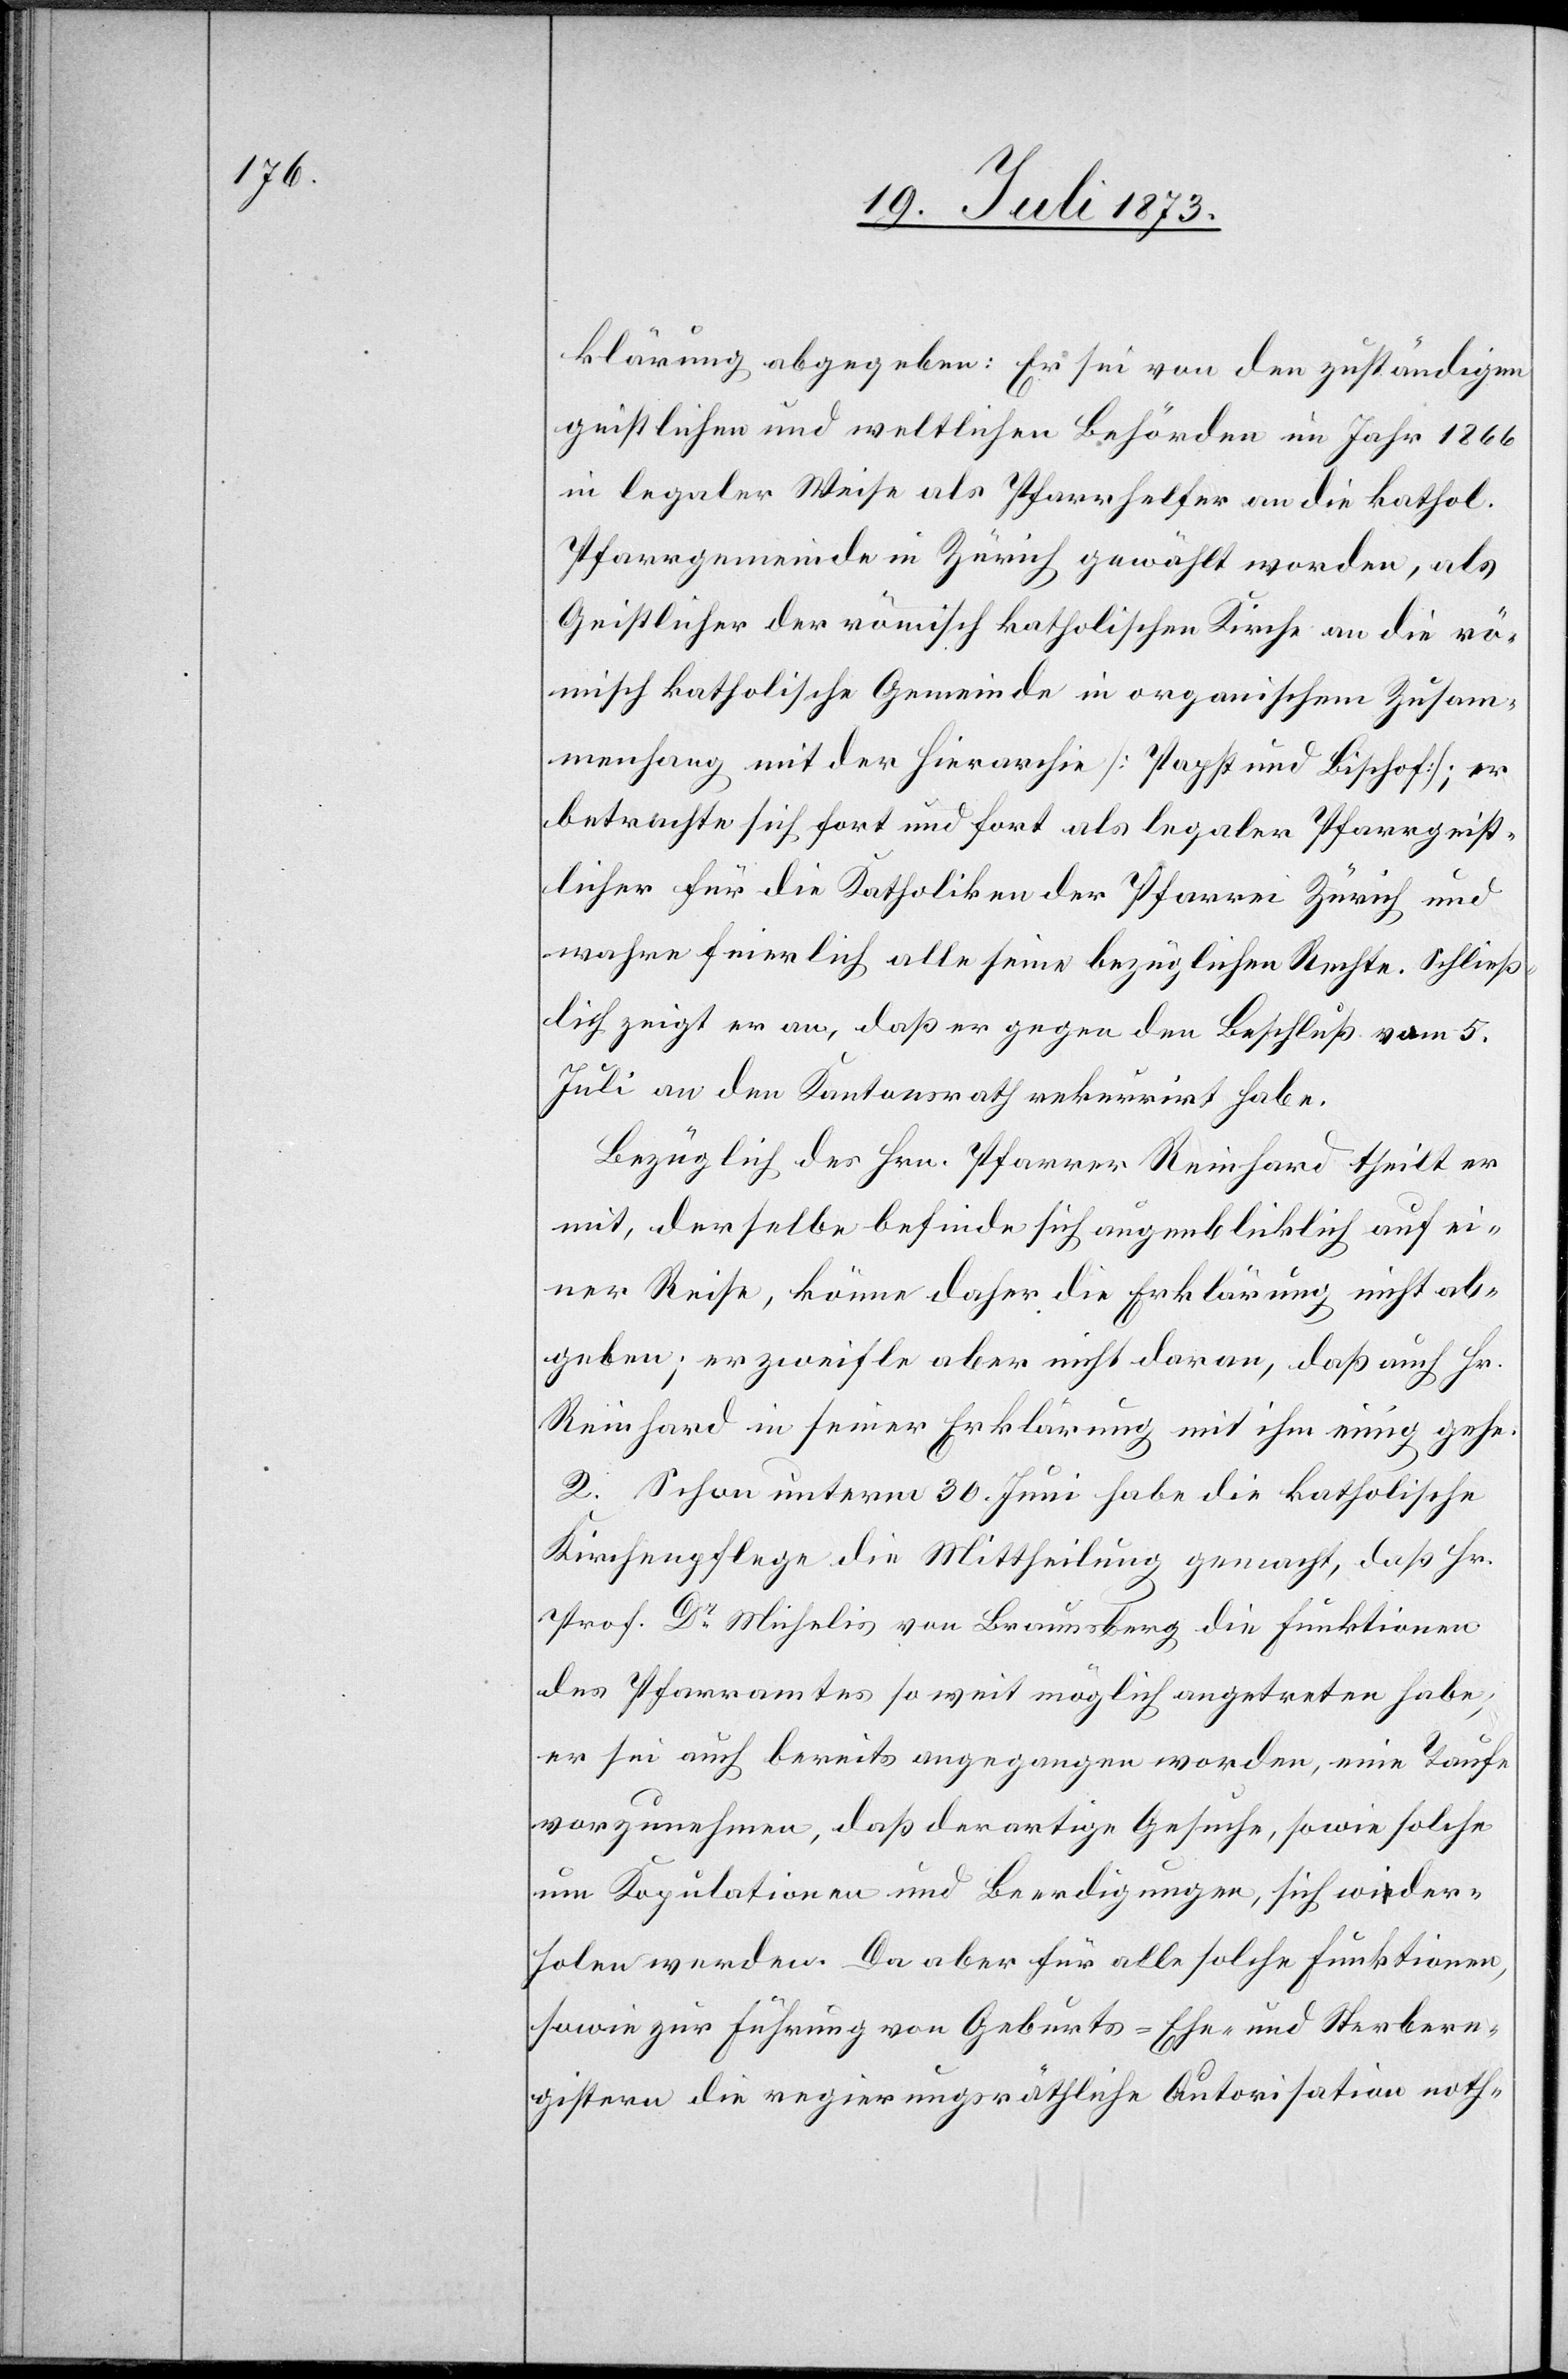
klärung abgegeben: Er sei von den zuständigen
geistlichen und weltlichen Behörden im Jahr 1866
in legaler Weise als Pfarrhelfer an die kathol.
Pfarrgemeinde in Zürich gewählt worden, als
Geistlicher der römisch katholischen Kirche an die rö¬
misch katholische Gemeinde in organischem Zusam¬
menhang mit der Hierarchie [Papst und Bischof]; er
betrachte sich fort und fort als legaler Pfarrgeist¬
licher für die Katholiken der Pfarrei Zürich und
wahre feierlich alle seine bezüglichen Rechte. Schließ¬
lich zeigt er an, daß er gegen den Beschluß vom 5.
Juli an den Kantonsrath rekurrirt habe.
Bezüglich des Hrn. Pfarrer Reinhard theilt er
mit, derselbe befinde sich augenblicklich auf ei¬
ner Reise, könne daher die Erklärung nicht ab¬
geben; er zweifle aber nicht daran, daß auch Hr.
Reinhard in seiner Erklärung mit ihm einig gehe.
2. Schon unterm 30. Juni habe die katholische
Kirchenpflege die Mittheilung gemacht, daß Hr.
Prof. Dr Michelis von Braunsberg die Funktionen
des Pfarramtes so weit möglich angetreten habe;
er sei auch bereits angegangen worden, eine Taufe
vorzunehmen, daß derartige Gesuche, sowie solche
um Kopulationen und Beerdigungen, sich wider¬
holen werden. Da aber für alle solche Funktionen,
sowie zur Führung von Geburts- Ehe- und Sterbere¬
gistern die regierungsräthliche Autorisation noth-